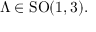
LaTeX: \Lambda \in \mathrm { S O } ( 1 , 3 ) .